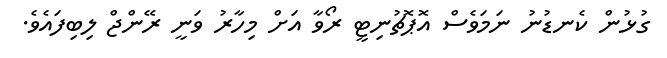
ގުޅުން ކެނޑުނު ނަމަވެސް އޮޕޮޗުނިޓީ ރޯވާ އަށް މިހާރު ވަނީ ރޭންޖް ލިބިފައެވެ.